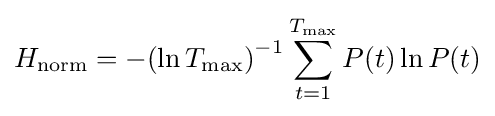
H_{\mathrm {norm} }=-(\ln {T_{\max })}^{-1}\sum _{t=1}^{T_{\max }}P(t)\ln {P(t)}